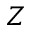
Z